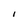
Character: I